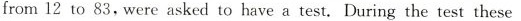
from 12 to 83, were asked to have a test. During the test these